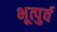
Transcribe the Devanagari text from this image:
भूत्पुर्व